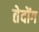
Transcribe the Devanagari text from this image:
तेदोंग